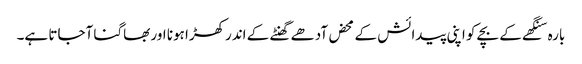
بارہ سنگھے کے بچے کو اپنی پیدائش کے محض آدھے گھنٹے کے اندرکھڑا ہونا اور بھاگنا آجاتا ہے۔